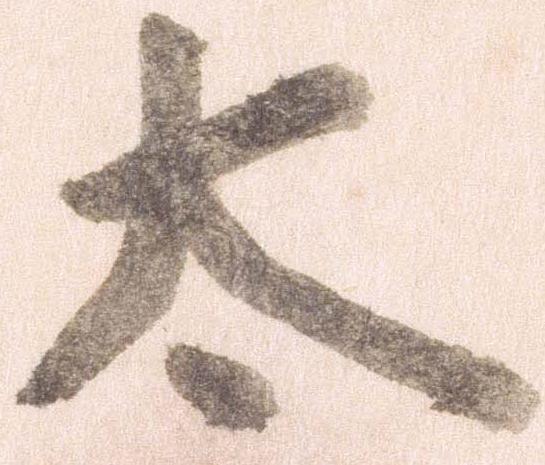
太